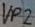
Text: VP2